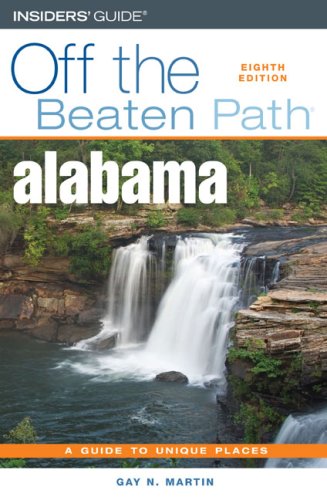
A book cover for Alabama Off the Beaten Path, 8th (Off the Beaten Path Series); Gay N. Martin; Travel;